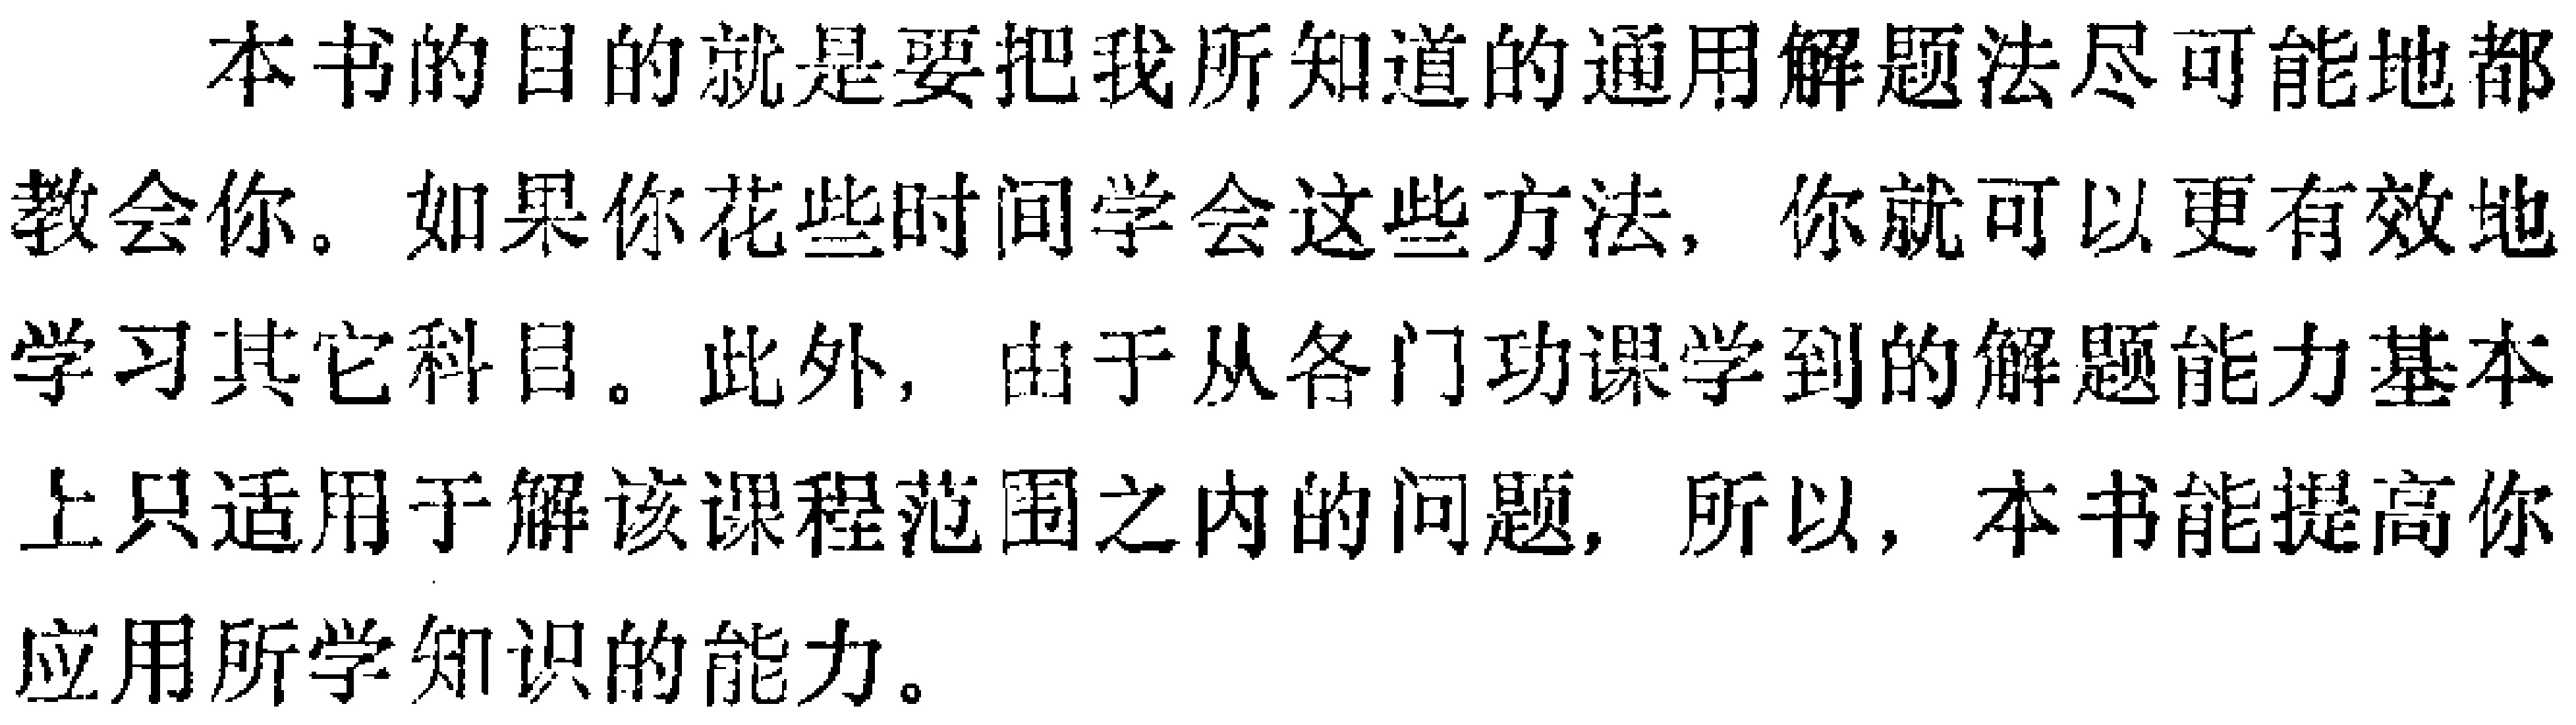
本书的目的就是要把我所知道的通用解题法尽可能地都教会你。如果你花些时间学会这些方法，你就可以更有效地学习其它科目。此外，由于从各门功课学到的解题能力基本上只适用于解该课程范围之内的问题，所以，本书能提高你应用所学知识的能力。